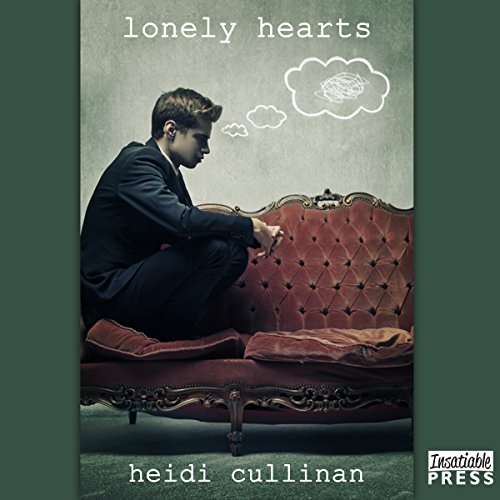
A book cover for Lonely Hearts: Love Lessons, Book 3; Heidi Cullinan; Romance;